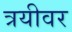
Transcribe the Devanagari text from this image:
त्रयीवर